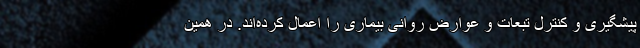
پیشگیری و کنترل تبعات و عوارض روانی بیماری را اعمال کرده‌اند. در همین